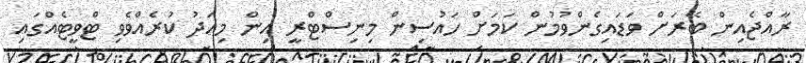
ރާއްޖެއިން ބޭރަށް ވަޑައިގެންވުމުން ކަމަށް ހައުސިން މިނިސްޓްރީ އިން މިއަދު ކުރެއްވެވި ޓްވީޓެއްގައި